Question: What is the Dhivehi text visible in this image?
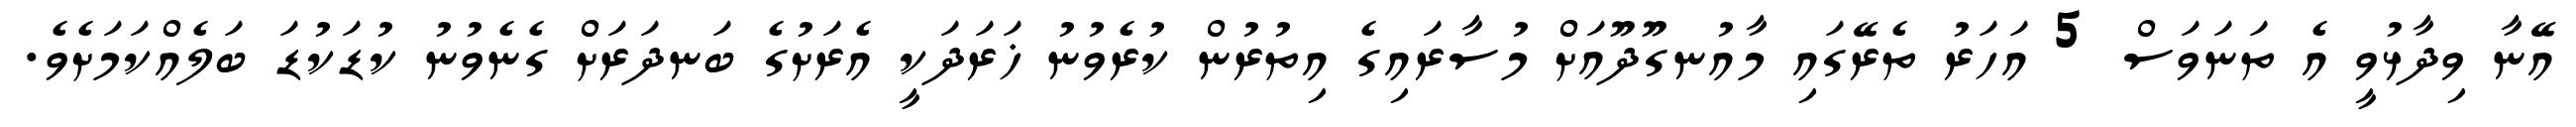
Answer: އޭނާ ވިދާޅުވީ އެ ތަނަވަސް 5 އަހަރު ތެރޭގައި މާއުނގޫދޫއަށް މުސާރައިގެ އިތުރުން ކުރެވުނު ޚަރަދަކީ އެރަށުގެ ބަނދަރަށް ގެނެވުނު ކުޑަކުޑަ ބަލެއްކަމަށެވެ.